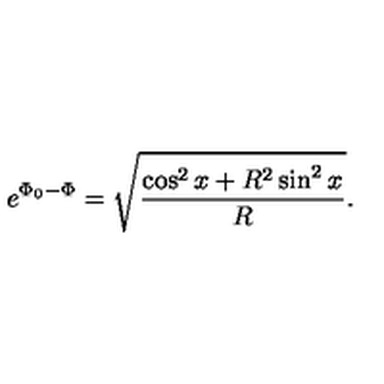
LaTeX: e ^ { \Phi _ { 0 } - \Phi } = \sqrt { \frac { \cos ^ { 2 } x + R ^ { 2 } \sin ^ { 2 } x } { R } } .